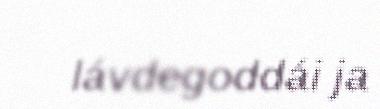
lávdegoddái ja